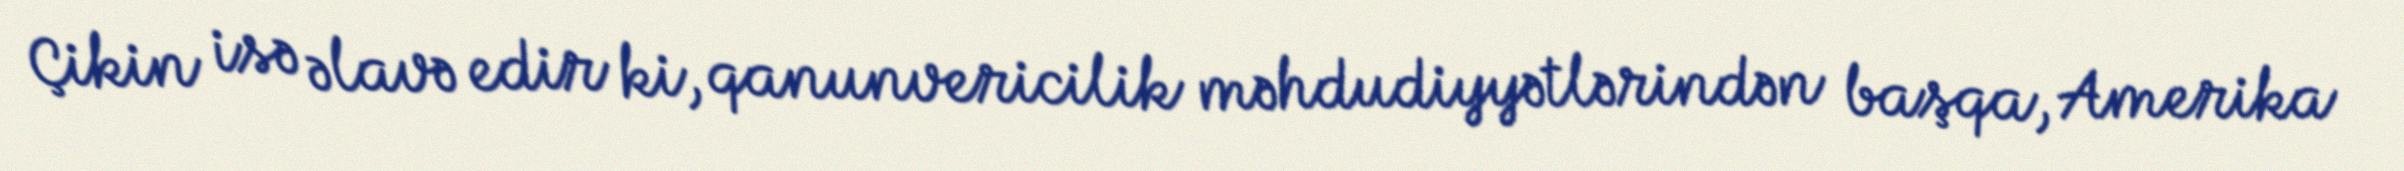
Çikin isə əlavə edir ki, qanunvericilik məhdudiyyətlərindən başqa, Amerika